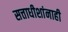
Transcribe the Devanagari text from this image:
सत्ताधीशांनाही